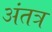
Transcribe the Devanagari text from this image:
अंतत्र